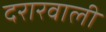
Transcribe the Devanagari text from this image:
दरारवाली